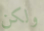
ولكن